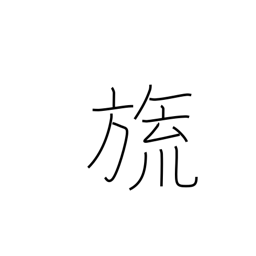
Meaning: counter for flags